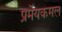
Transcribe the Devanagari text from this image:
प्रमेयकमल